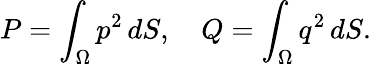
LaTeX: P=\int_{\Omega}p^{2}\, dS,~~~~Q=\int_{\Omega}q^{2}\, dS.